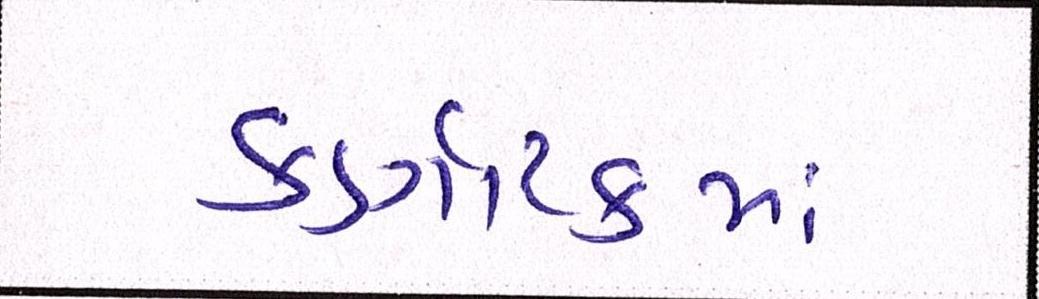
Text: કર્ણાટકમાં